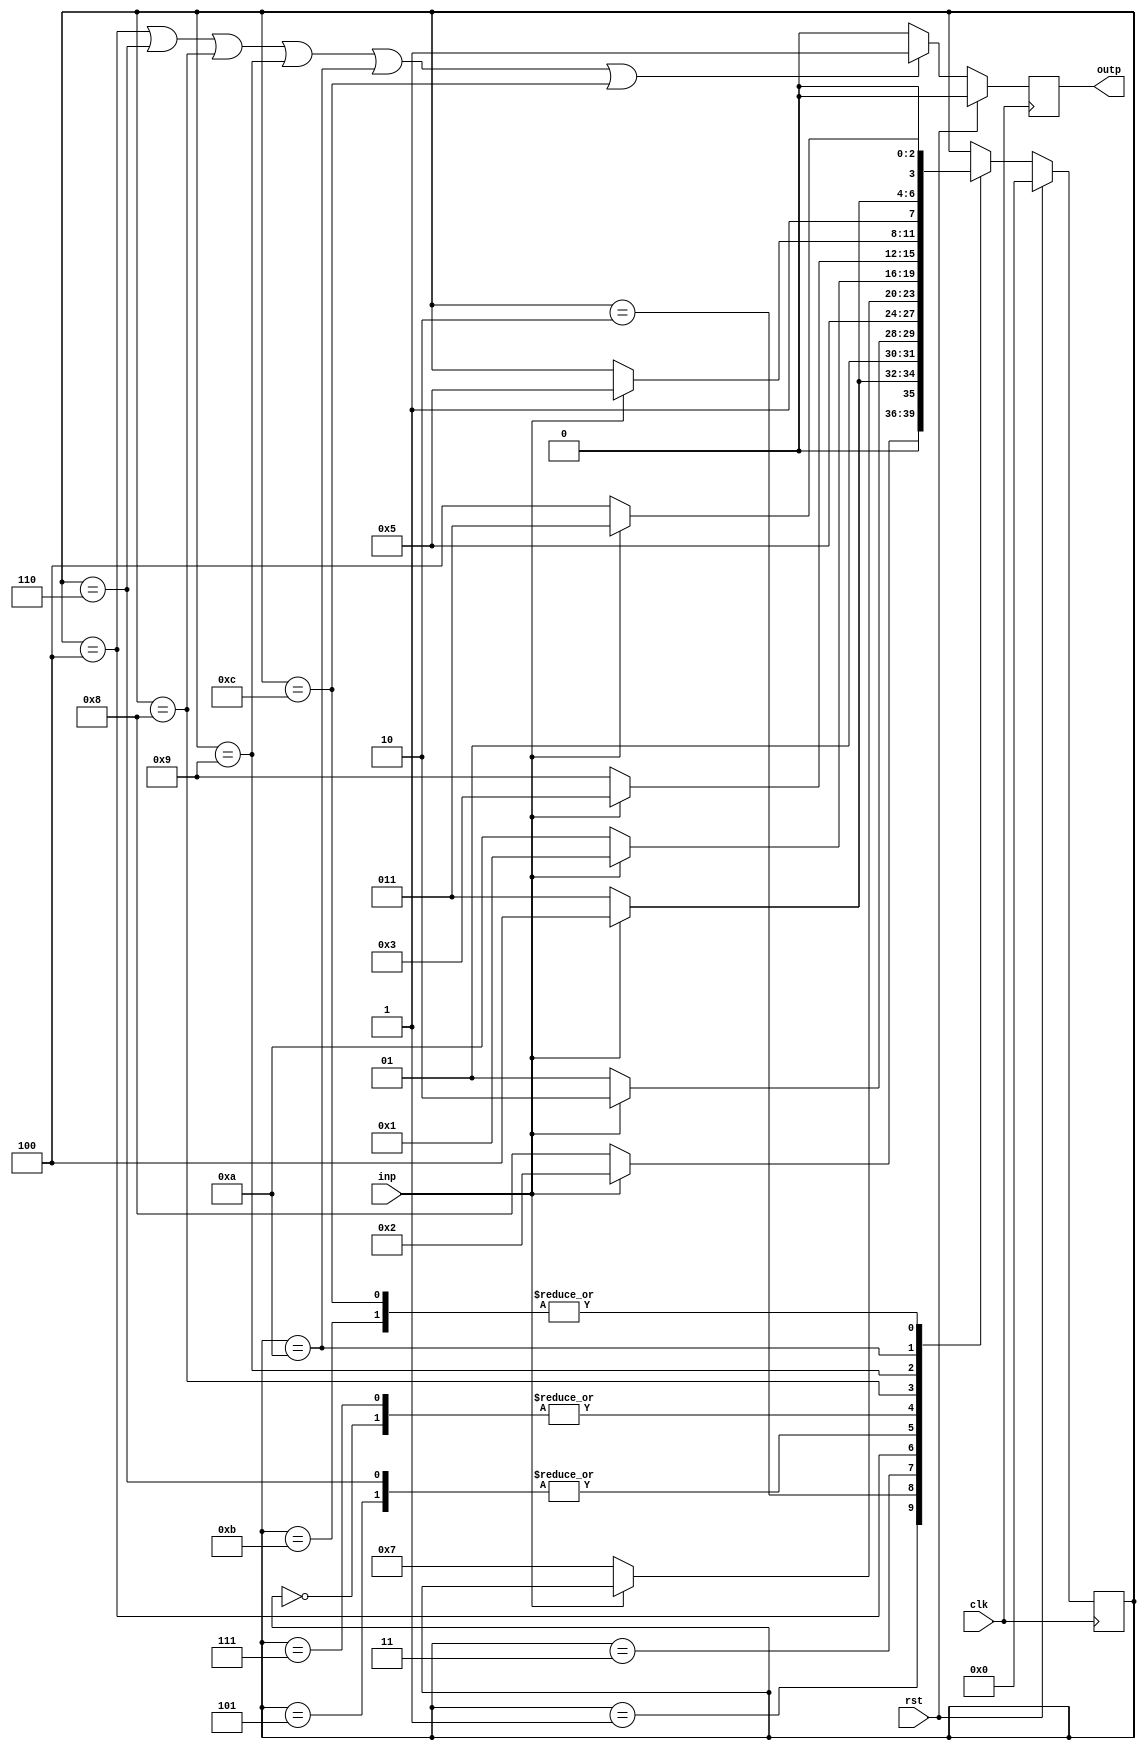
//_______________________________________________________________________________________________________
//_______________________5-Bit Ex-3 to BCD_______________________________________________________________
//_______________________________________________________________________________________________________
module Ex_3_to_Bin(outp, inp, clk, rst);
input clk, inp, rst; output reg outp; reg [3:0] state;			//Port Definition
parameter s0=4'd0, s1=4'd1, s2=4'd2, s3=4'd3, s4=4'd4, s5=4'd5, s6=4'd6,
	  s7=4'd7,s8=4'd8,s9=4'd9,s10=4'd10,s11=4'd11, s12=4'd12;	//State Definition
always @(posedge clk)  		//Behavioral Block Handling Clock / Synchronous Reset/ Sequential Logic
if (rst) state <= s0;else begin case (state)	//Active Low Reset / Case statements for all the states	
s0: begin if (inp) state<=s1; else state<=s10; end	//State 0
s1: begin if (inp) state<=s2; else state<=s8; end	//State 1
s2: begin if (inp) state<=s4; else state<=s3; end	//State 2
s3: begin if (inp) state<=s6; else state<=s5; end	//State 3
s4: begin if (inp) state<=s5; else state<=s5; end	//State 4
s5: begin if (~inp) state<=s7; end			//State 5
s6: begin if (~inp) state<=s7; end			//State 6
s7: begin if (inp) state<=s1; else state<=s10; end	//State 7
s8: begin if (inp) state<=s3; else state<=s9; end	//State 8
s9: begin if (inp) state<=s5; end			//State 9
s10: begin if (inp) state<=s12; else state<=s11; end	//State 10
s11: begin if (inp) state<=s3; else state<=s4; end	//State 11
s12: begin if (inp) state<=s3;				//State 12
else state<=s4; end endcase end
always @(posedge clk)					//Output logic controller
begin if (rst) outp<=0;
else if (state == s4 || state == s6 || state == s8 ||state==s9||state== s10||state== s12)
outp<=1; else outp<=0; end 
endmodule